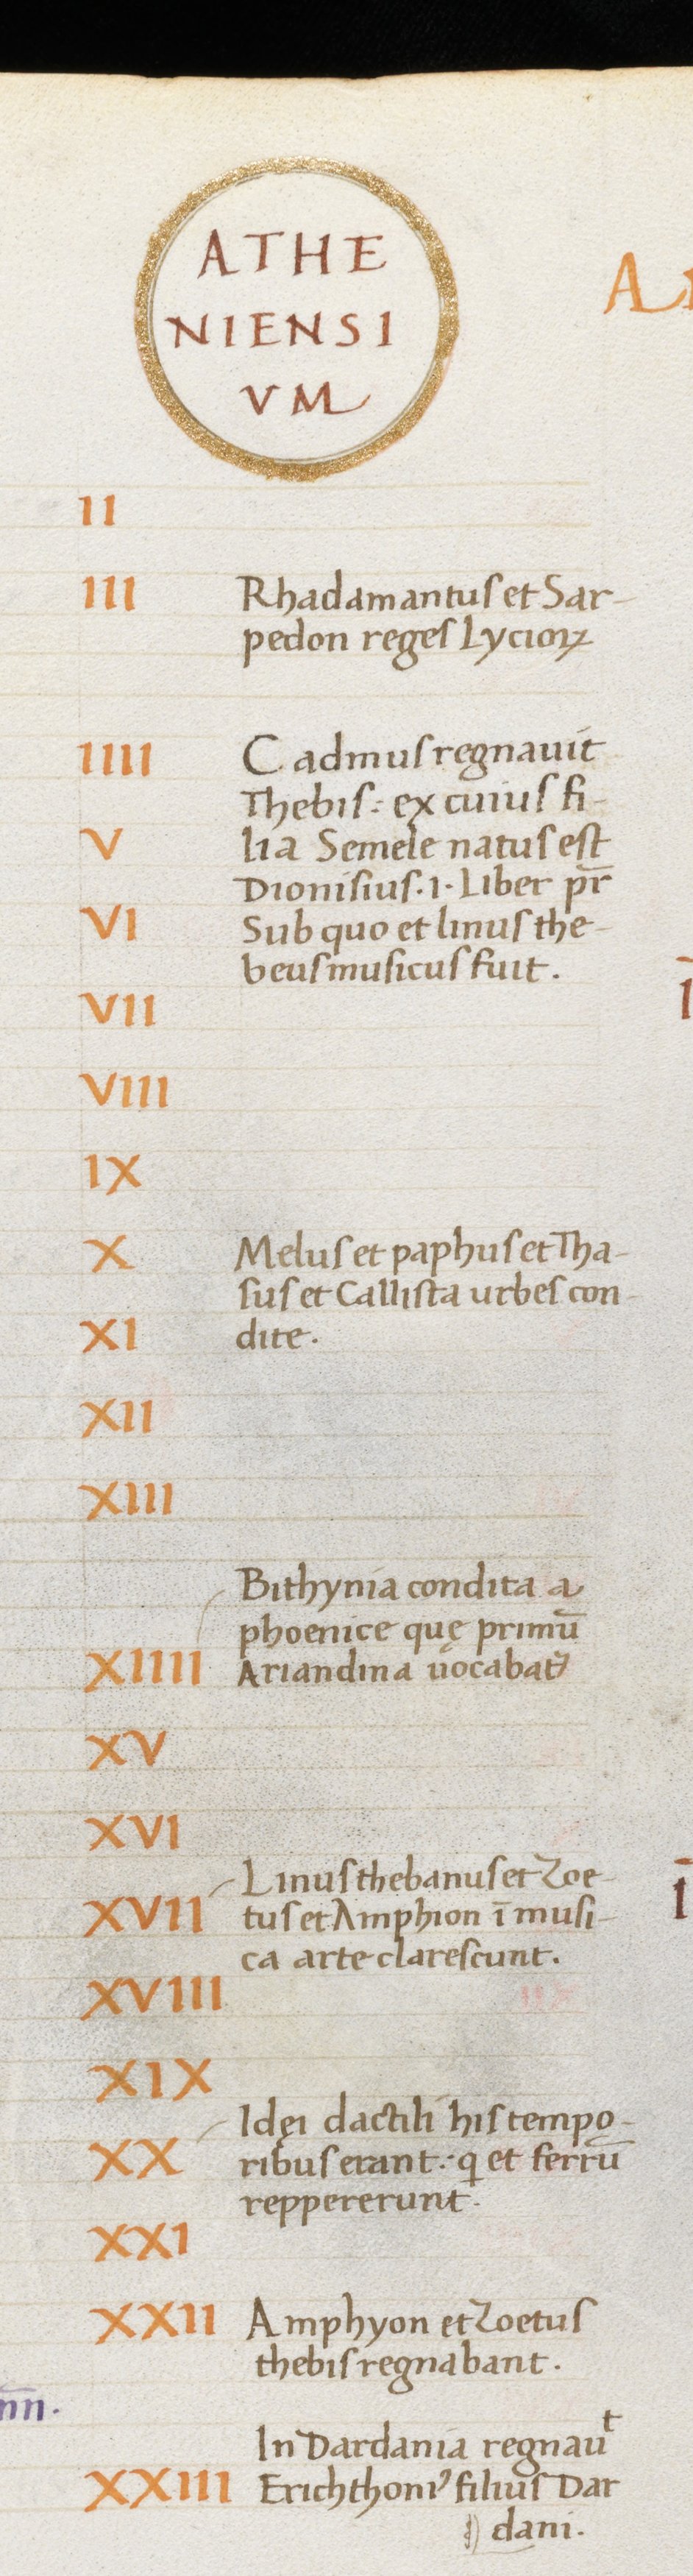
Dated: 1465–1495